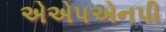
એએપએનપી